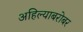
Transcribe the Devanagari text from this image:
अहिल्याबरोबर